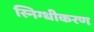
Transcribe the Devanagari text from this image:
स्निग्धीकरण